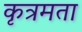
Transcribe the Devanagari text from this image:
कृत्रमता